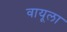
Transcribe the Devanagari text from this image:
वायूला